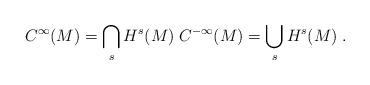
LaTeX: \begin{align*}C^\infty(M)=\bigcap_sH^s(M)\;C^{-\infty}(M)=\bigcup_sH^s(M)\;.\end{align*}